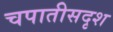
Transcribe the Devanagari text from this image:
चपातीसदृश